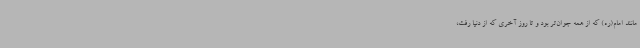
مانند امام(ره) که از همه جوان‌تر بود و تا روز آخری که از دنیا رفت،